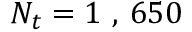
N _ { t } = 1 \mathrm { ~ , ~ } 6 5 0